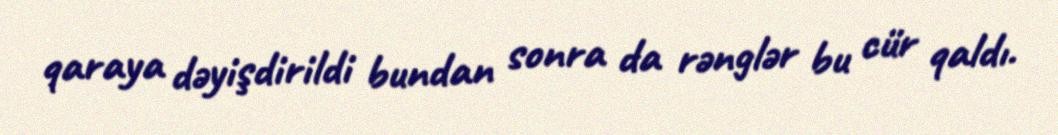
qaraya dəyişdirildi bundan sonra da rənglər bu cür qaldı.